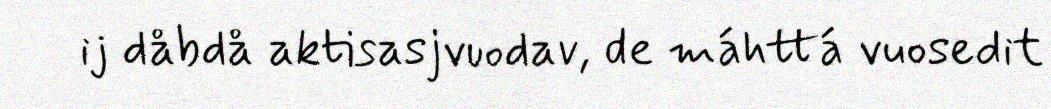
ij dåbdå aktisasjvuodav, de máhttá vuosedit